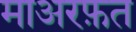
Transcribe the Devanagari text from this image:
माअरफ़त